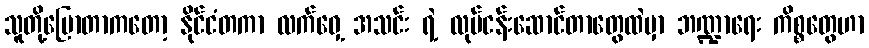
သူတို့ပြောတာကတော့ နိုင်ငံတကာ လက်ဝှေ့ အသင်း ရဲ့ လုပ်ငန်းဆောင်တာတွေထဲမှာ ဘဏ္ဍာရေး ကိစ္စတွေဟာ